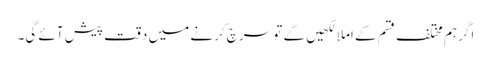
اگر ہم مختلف قسم کے املا لکھیں گے تو سرچ کرنے میں دقت پیش آئے گی۔